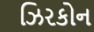
ઝિરકોન